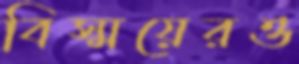
বিস্ময়েরও